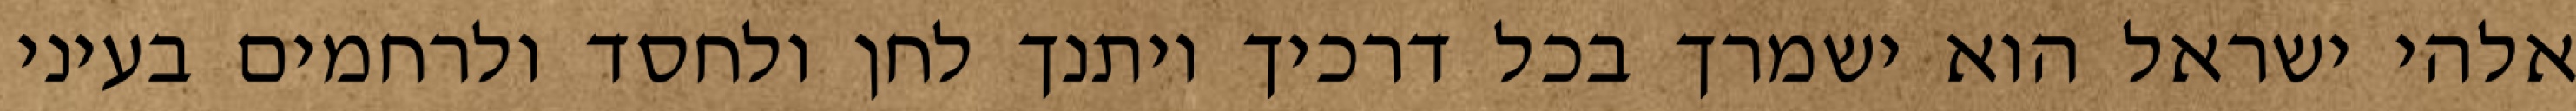
אלהי ישראל הוא ישמרך בכל דרכיך ויתנך לחן ולחסד ולרחמים בעיני